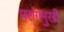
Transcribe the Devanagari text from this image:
परांगमुखी